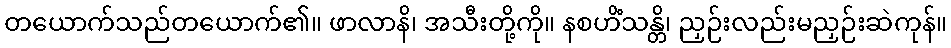
တယောက်သည်တယောက်၏။ ဖာလာနိ၊ အသီးတို့ကို။ နစဟိံသန္တိ၊ ညှဉ်းလည်းမညှဉ်းဆဲကုန်။